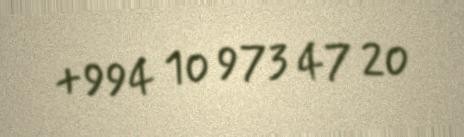
+994 10 973 47 20